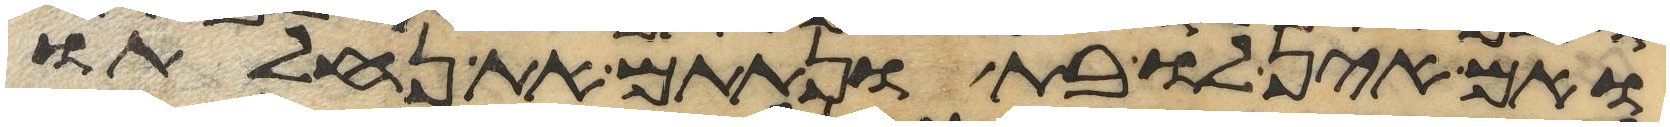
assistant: ואם אין לו בת ונתתם את נחלתו